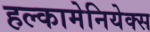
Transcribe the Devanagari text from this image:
हल्कामेनियेक्स